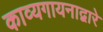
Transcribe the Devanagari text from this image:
काव्यगायनाद्वारे